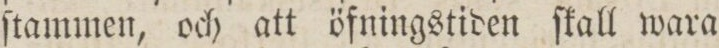
ſtammen, och att öfningstiden ſkall wara